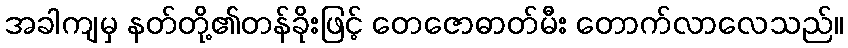
အခါကျမှ နတ်တို့၏တန်ခိုးဖြင့် တေဇောဓာတ်မီး တောက်လာလေသည်။